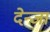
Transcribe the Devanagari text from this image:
देन्जा